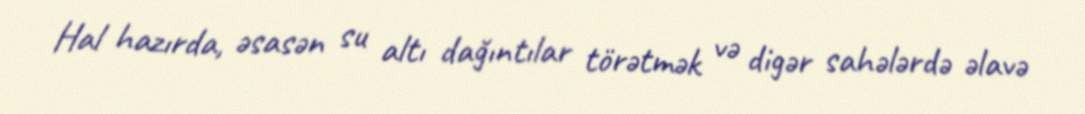
Hal hazırda, əsasən su altı dağıntılar törətmək və digər sahələrdə əlavə